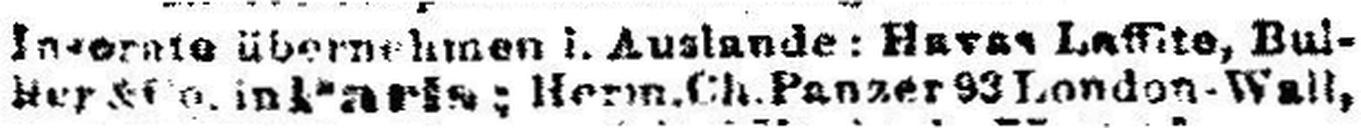
### & Co. in Paris: Herm.Ch.Panzer ### London-Wall,